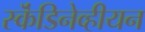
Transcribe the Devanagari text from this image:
स्कॆंडिनेव्हीयन